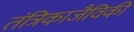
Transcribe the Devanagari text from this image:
तंत्रिकाजैविकी